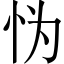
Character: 𱞅